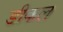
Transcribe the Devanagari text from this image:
डीकल